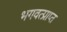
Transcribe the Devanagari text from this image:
भगवत्प्राप्त